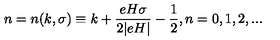
n = n ( k , \sigma ) \equiv k + \frac { e H \sigma } { 2 | e H | } - \frac { 1 } { 2 } , n = 0 , 1 , 2 , . . .